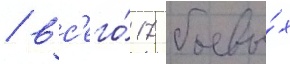
/ вс'его́ 17 боевы́х